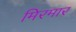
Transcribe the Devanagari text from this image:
मिरमार